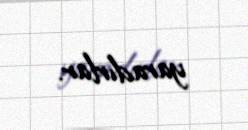
yaradırlar.